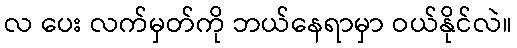
လ ပေး လက်မှတ်ကို ဘယ်နေရာမှာ ဝယ်နိုင်လဲ။